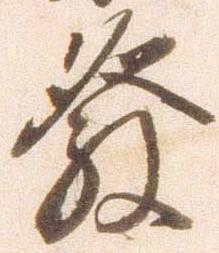
発